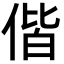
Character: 偕